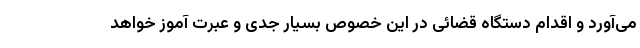
می‌آورد و اقدام دستگاه قضائی در این خصوص بسیار جدی و عبرت آموز خواهد